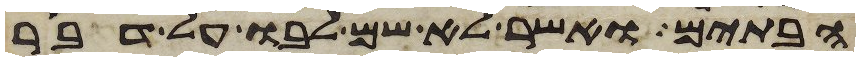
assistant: הבתים ואשר לא שם לבו על דבר